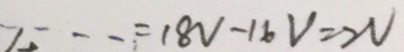
\cdots = 1 8 V - 1 6 V = 2 V